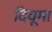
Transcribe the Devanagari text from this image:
दिवूमा